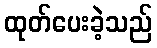
ထုတ်ပေးခဲ့သည်